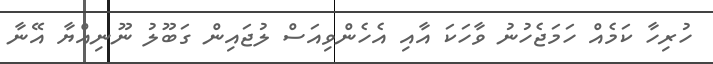
ހުރިހާ ކަމެއް ހަމަޖެހުނު ވާހަކަ އާއި އެހެންވިއަސް ލުޖައިން ގަބޫލު ނޫނިއްޔާ އޭނާ